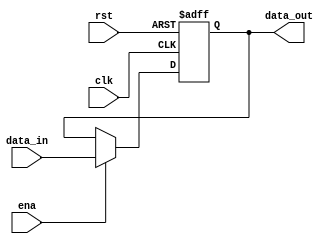
`timescale 1ns / 1ps
//////////////////////////////////////////////////////////////////////////////////
// Company: 
// Engineer: 
// 
// Design Name: 
// Module Name: pcreg
// Project Name: 
// Target Devices: 
// Tool Versions: 
// Description: 
// 
// Dependencies: 
// 
// Revision:
// Revision 0.01 - File Created
// Additional Comments:
// 
//////////////////////////////////////////////////////////////////////////////////


module pcreg(
input clk,
input rst,
input ena,
input [31:0] data_in,
output [31:0] data_out
    );
      reg [31:0] data=32'b0;
 
     always @(posedge clk or posedge rst) begin
         if(rst) data<=32'h00400000;        //reset key
         else begin
             if(ena) data<=data_in;        //enable ,input 
         end
     end
     
     assign data_out    =   data;

endmodule